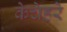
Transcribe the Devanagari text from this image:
केचेहरे